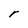
Character: r